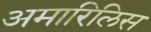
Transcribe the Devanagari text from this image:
अमारिलिस